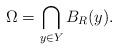
LaTeX: \begin{align*}\Omega=\bigcap_{y\in Y}B_R(y).\end{align*}